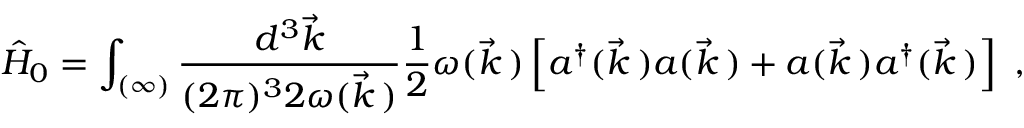
\hat { H } _ { 0 } = \int _ { ( \infty ) } \frac { d ^ { 3 } \vec { k } } { ( 2 \pi ) ^ { 3 } 2 \omega ( \vec { k } \, ) } \frac { 1 } { 2 } \omega ( \vec { k } \, ) \left[ a ^ { \dagger } ( \vec { k } \, ) a ( \vec { k } \, ) + a ( \vec { k } \, ) a ^ { \dagger } ( \vec { k } \, ) \right] \ ,